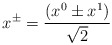
\begin{align*}x^{\pm}=\frac{\left(x^0 \pm x^1\right)}{\sqrt{2}}\end{align*}